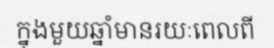
ក្នុងមួយឆ្នាំមានរយៈពេលពី